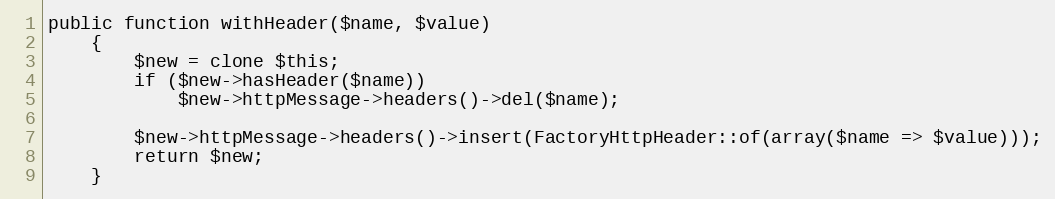
Language: PHP
public function withHeader($name, $value)
    {
        $new = clone $this;
        if ($new->hasHeader($name))
            $new->httpMessage->headers()->del($name);

        $new->httpMessage->headers()->insert(FactoryHttpHeader::of(array($name => $value)));
        return $new;
    }